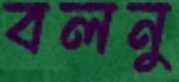
বলনু